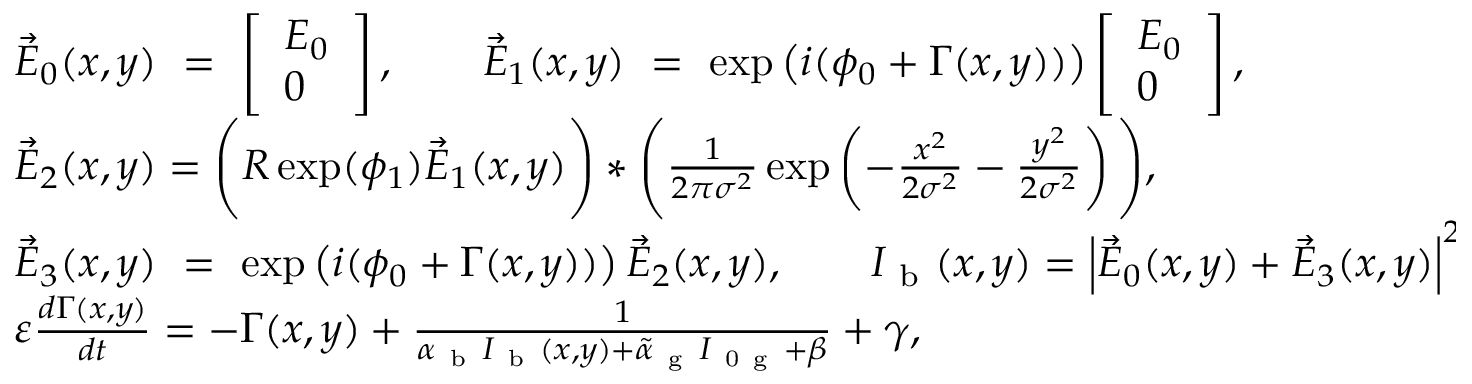
\begin{array} { l } { \vec { E } _ { 0 } ( x , y ) ~ = ~ \left[ \begin{array} { l } { E _ { 0 } } \\ { 0 } \end{array} \right] , \quad \quad \vec { E } _ { 1 } ( x , y ) ~ = ~ \exp \left( i ( \phi _ { 0 } + \Gamma ( x , y ) ) \right) \left[ \begin{array} { l } { E _ { 0 } } \\ { 0 } \end{array} \right] , } \\ { \vec { E } _ { 2 } ( x , y ) = \Bigg ( R \exp ( \phi _ { 1 } ) \vec { E } _ { 1 } ( x , y ) \Bigg ) \ast \Bigg ( \frac { 1 } { 2 \pi \sigma ^ { 2 } } \exp \left( - \frac { x ^ { 2 } } { 2 \sigma ^ { 2 } } - \frac { y ^ { 2 } } { 2 \sigma ^ { 2 } } \right) \Bigg ) , } \\ { \vec { E } _ { 3 } ( x , y ) ~ = ~ \exp \left( i ( \phi _ { 0 } + \Gamma ( x , y ) ) \right) \vec { E } _ { 2 } ( x , y ) , \quad \quad I _ { \mathrm { ~ b ~ } } ( x , y ) = \left| \vec { E } _ { 0 } ( x , y ) + \vec { E } _ { 3 } ( x , y ) \right| ^ { 2 } , } \\ { \varepsilon \frac { d \Gamma ( x , y ) } { d t } = - \Gamma ( x , y ) + \frac { 1 } { \alpha _ { \mathrm { ~ b ~ } } I _ { \mathrm { ~ b ~ } } ( x , y ) + \tilde { \alpha } _ { \mathrm { ~ g ~ } } I _ { \mathrm { ~ 0 ~ g ~ } } + \beta } + \gamma , } \end{array}